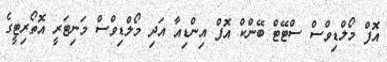
އޮފް މޯލްޑިވްސް ސްޓޭޓް ބޭންކް އޮފް އިންޑިއާ އަދި މޯލްޑިވްސް މަނިޓަރީ އޮތޯރިޓީގެ